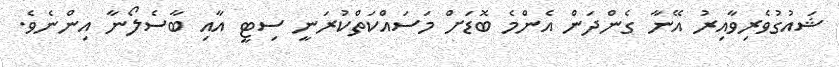
ޝައުގުވެރިވާއިރު އޭނާ ގެންދަން އެންމެ ބޮޑަށް މަސައްކަތްކުރަނީ ސިޓީ އާއި ބާސެލޯނާ އިންނެވެ.